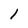
Character: 1